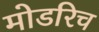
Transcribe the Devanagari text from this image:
मोडरिच